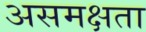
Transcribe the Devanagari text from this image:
असमक्षता